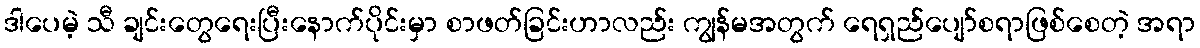
ဒါပေမဲ့ သီ ချင်းတွေရေးပြီးနောက်ပိုင်းမှာ စာဖတ်ခြင်းဟာလည်း ကျွန်မအတွက် ရေရှည်ပျော်စရာဖြစ်စေတဲ့ အရာ